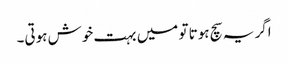
اگر یہ سچ ہوتا تو میں بہت خوش ہوتی۔